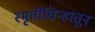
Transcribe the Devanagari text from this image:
स्मृतीचिन्हातून